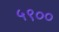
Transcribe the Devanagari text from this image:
५९००